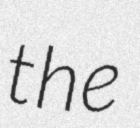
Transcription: the